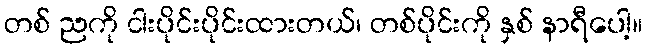
တစ် ညကို ငါးပိုင်းပိုင်းထားတယ်၊ တစ်ပိုင်းကို နှစ် နာရီပေါ့။